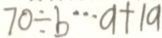
7 0 \div b \cdots a + 1 9